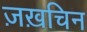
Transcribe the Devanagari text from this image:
ज़ख़चिन